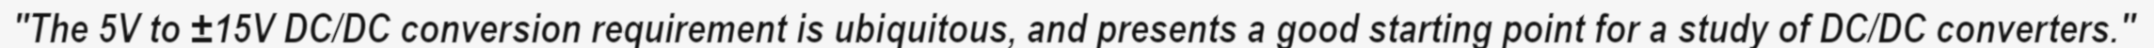
"The 5V to ±15V DC/DC conversion requirement is ubiquitous, and presents a good starting point for a study of DC/DC converters."